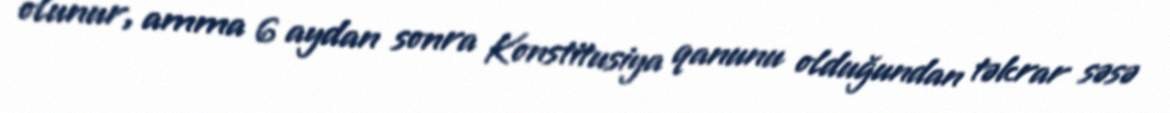
olunur, amma 6 aydan sonra Konstitusiya qanunu olduğundan təkrar səsə